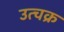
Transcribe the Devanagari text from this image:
उत्चक्र